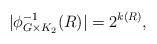
LaTeX: \begin{align*}|\phi_{G\times K_2}^{-1}(R)|=2^{k(R)},\end{align*}